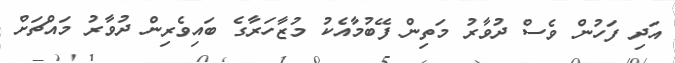
އަދި ފަހުން ވެސް ދުވާރު މަތިން ފޭބުމާއެކު މުޒާހަރާގެ ބައިވެރިން ދުވާރު މައްޗަށް